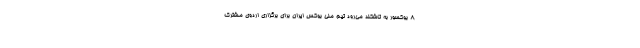
۸ بوکسور به تاشکند می‌رود تیم ملی بوکس ایران برای برگزاری اردوی مشترک